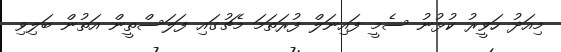
މިއަދު ހަވީރު ކުޅުނު ސެމީ ފައިނަލް ފުރަތަމަ މެޗުގައި ފަލަސްތީން އަތުން ބަލިވި